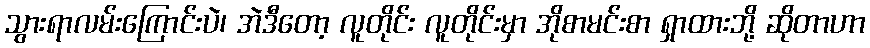
သွားရာလမ်းကြောင်းပဲ၊ အဲဒီတော့ လူတိုင်း လူတိုင်းမှာ အိုစာမင်းစာ ရှာထားဘို့ ဆိုတာဟာ